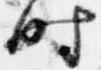
時